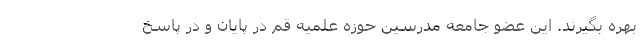
بهره بگیرند. این عضو جامعه مدرسین حوزه علمیه قم در پایان و در پاسخ